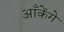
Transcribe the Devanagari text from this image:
आँकेंगे